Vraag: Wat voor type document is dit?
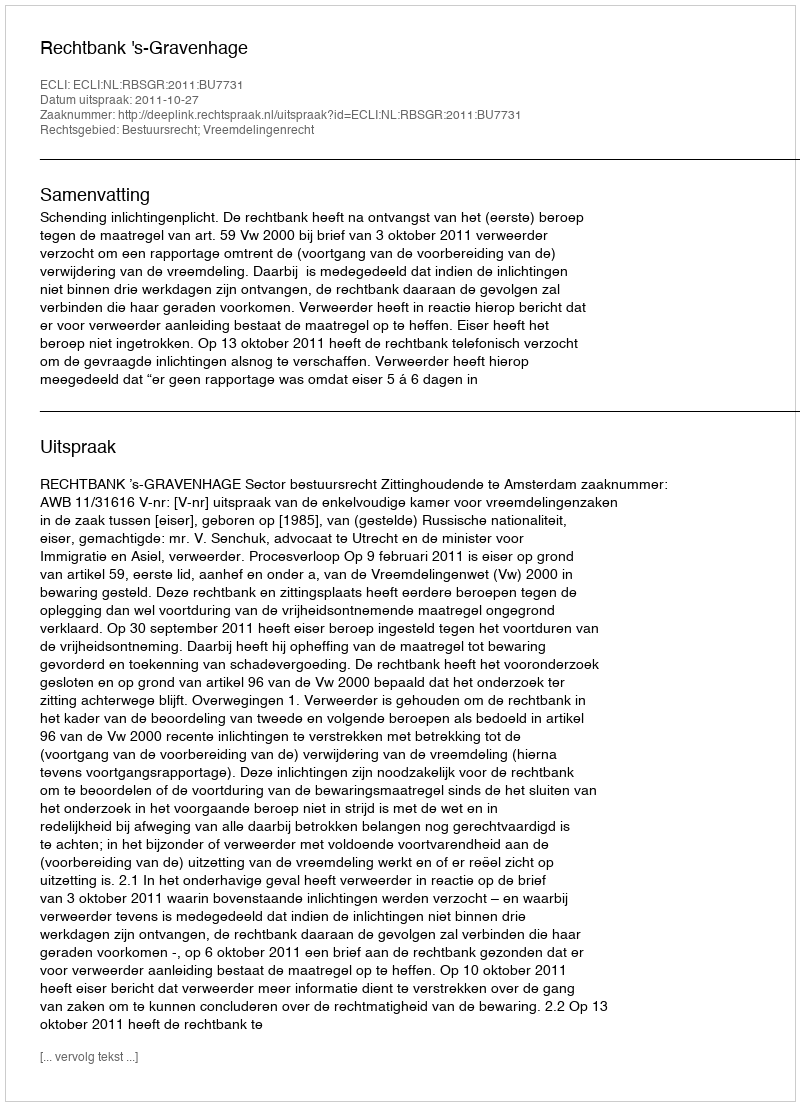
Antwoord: Uitspraak